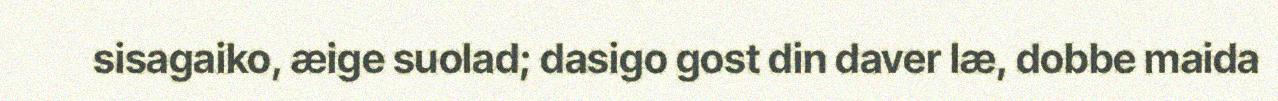
sisagaiko, æige suolad; dasigo gost din daver læ, dobbe maida